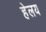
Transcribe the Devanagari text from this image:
हेलय